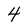
Character: 4